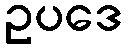
ဥပဒေ